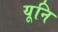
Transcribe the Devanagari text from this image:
यूनि